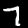
Digit: 7